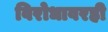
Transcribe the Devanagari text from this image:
विरोधावरही